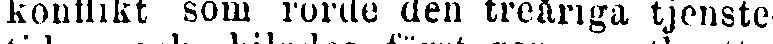
konflikt som rörde den treåriga tjenste-